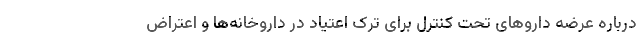
درباره عرضه دارو‌های تحت کنترل برای ترک اعتیاد در داروخانه‌ها و اعتراض